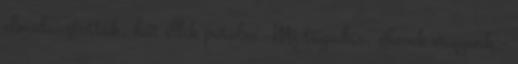
elmulasztottuk, hát illik pótolni. Mi tagadás, éhesek vagyunk –